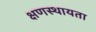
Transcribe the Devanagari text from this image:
क्षणस्थायता